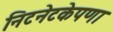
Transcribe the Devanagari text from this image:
निटनेटकेपणा